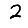
Digit: 2